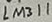
Text: LM311